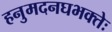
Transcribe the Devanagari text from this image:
हनुमदनघभक्तेः